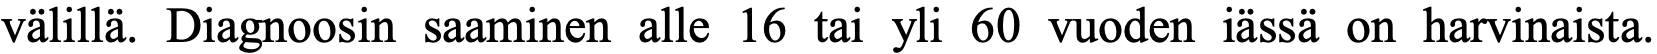
välillä. Diagnoosin saaminen alle 16 tai yli 60 vuoden iässä on harvinaista.